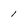
Character: 1